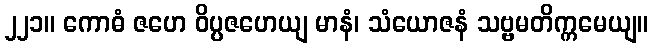
၂၂၁။ ကောဓံ ဇဟေ ဝိပ္ပဇဟေယျ မာနံ၊ သံယောဇနံ သဗ္ဗမတိက္ကမေယျ။